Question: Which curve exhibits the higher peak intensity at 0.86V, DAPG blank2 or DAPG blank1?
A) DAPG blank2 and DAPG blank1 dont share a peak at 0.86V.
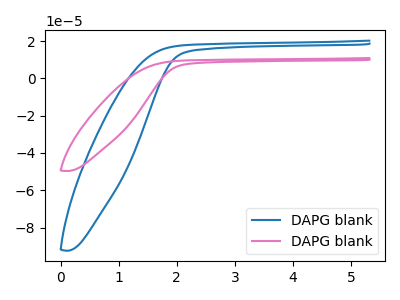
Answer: <think>The blue curve "DAPG blank1" has no peaks. The pink curve "DAPG blank2" has no peaks.</think>
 <answer>A) "DAPG blank2" and "DAPG blank1" dont share a peak at 0.86V.</answer>
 <eval>A</eval>